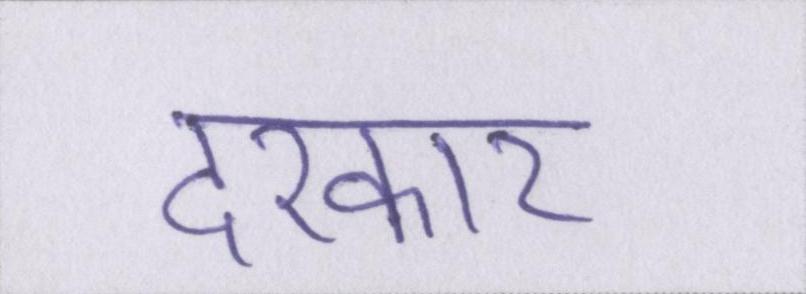
दरकार